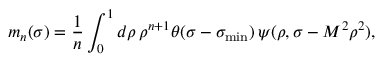
m _ { n } ( \sigma ) = \frac { 1 } { n } \int _ { 0 } ^ { 1 } d \rho \, \rho ^ { n + 1 } \theta ( \sigma - \sigma _ { \operatorname * { m i n } } ) \, \psi ( \rho , \sigma - M ^ { 2 } \rho ^ { 2 } ) ,